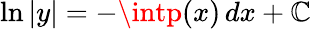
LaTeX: \ln|y|=-\intp(x)\, dx+\mathbb{C}